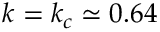
k = k _ { c } \simeq 0 . 6 4